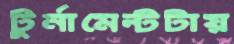
টুর্নামেন্টটায়